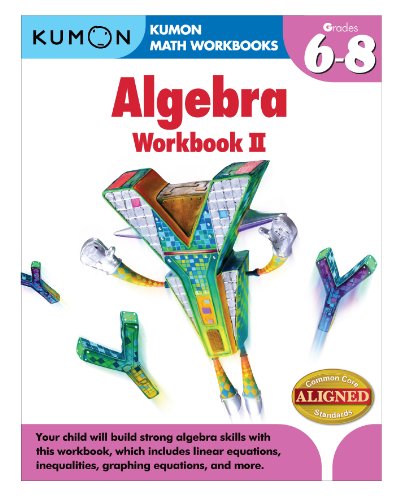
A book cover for Kumon Algebra Workbook II (Kumon Math Workbooks); Jason Wang; Teen & Young Adult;